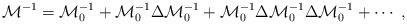
LaTeX: \begin{align*}{\cal M}^{-1}={\cal M}_0^{-1}+{\cal M}_0^{-1}\Delta{\cal M}_0^{-1}+ {\cal M}_0^{-1}\Delta{\cal M}_0^{-1}\Delta{\cal M}_0^{-1}+\cdots\ ,\end{align*}